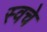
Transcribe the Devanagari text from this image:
स्वचे